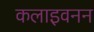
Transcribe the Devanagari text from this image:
कलाइवनन